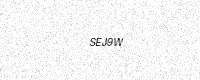
Text: SEJ9W